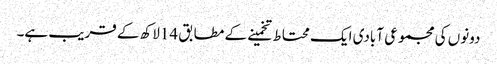
دونوں کی مجموعی آبادی ایک محتاط تخمینے کے مطابق 14لاکھ کے قریب ہے۔